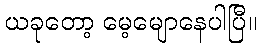
ယခုတော့ မေ့မျောနေပါပြီ။